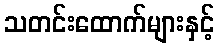
သတင်းထောက်များနှင့်